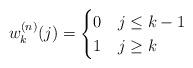
LaTeX: \begin{align*}w_k^{(n)}(j)=\begin{cases}0& j\le k-1\\ 1& j\ge k\end{cases}\end{align*}